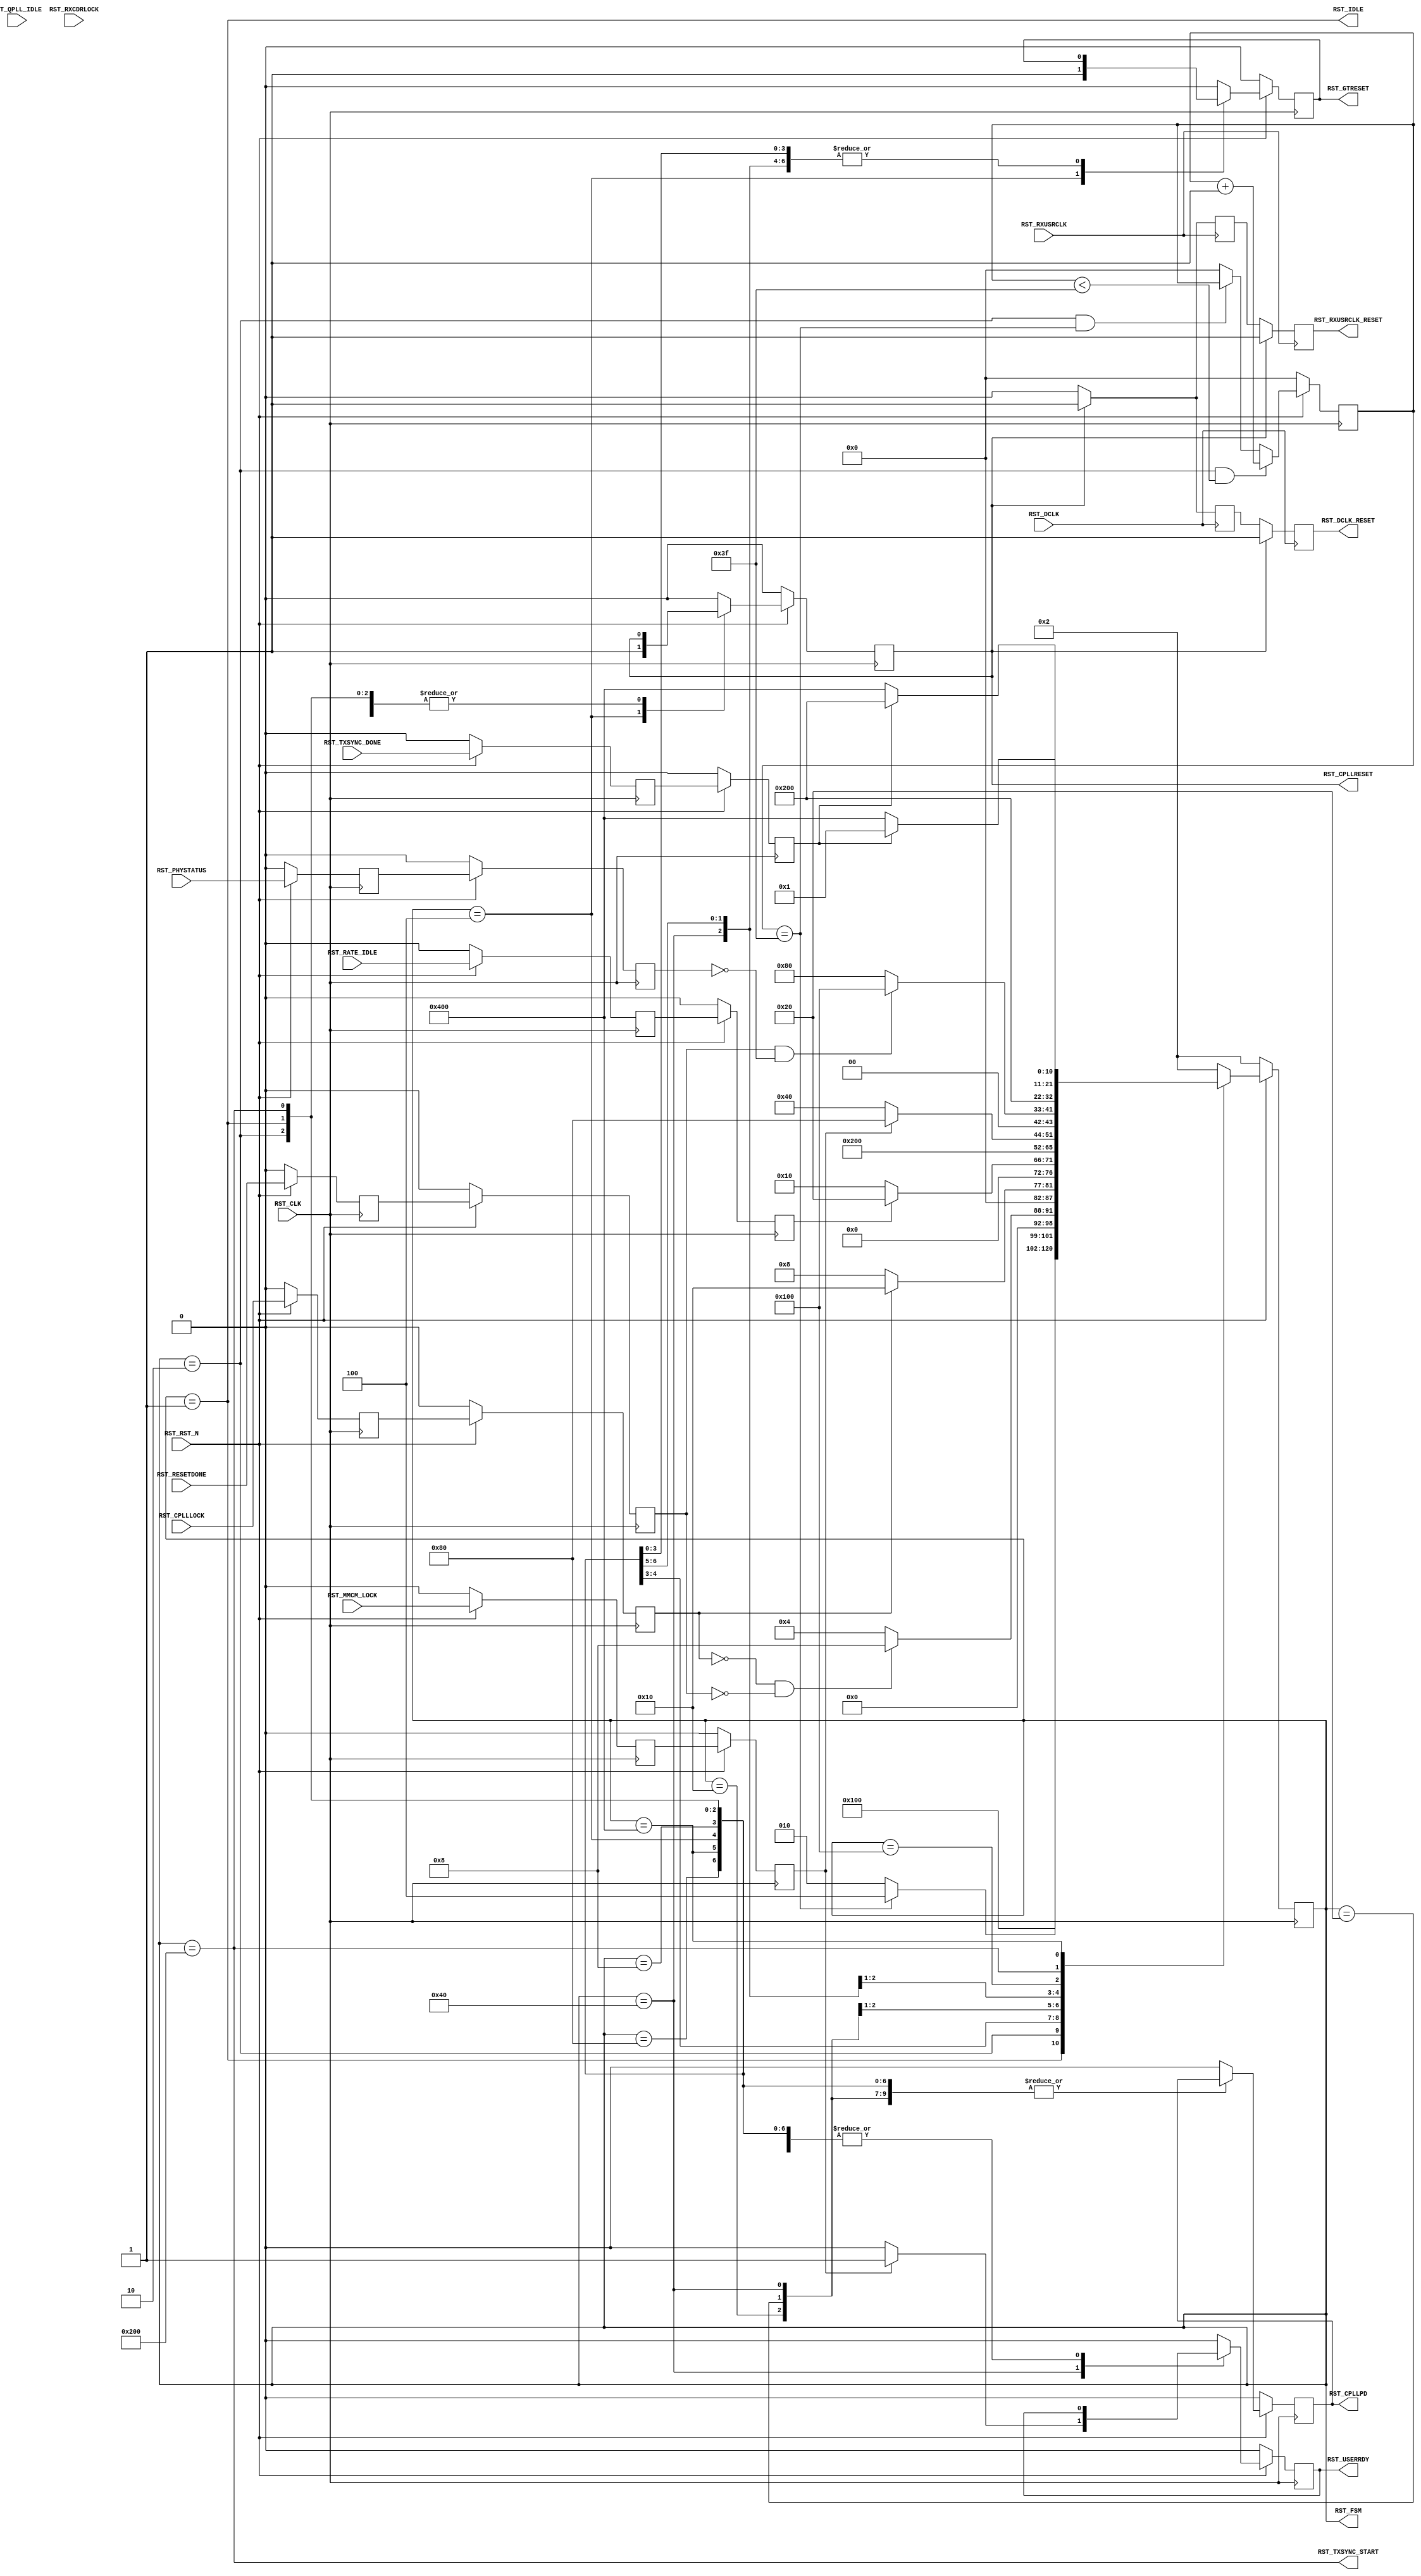
//-----------------------------------------------------------------------------
//
// (c) Copyright 2010-2011 Xilinx, Inc. All rights reserved.
//
// This file contains confidential and proprietary information
// of Xilinx, Inc. and is protected under U.S. and
// international copyright and other intellectual property
// laws.
//
// DISCLAIMER
// This disclaimer is not a license and does not grant any
// rights to the materials distributed herewith. Except as
// otherwise provided in a valid license issued to you by
// Xilinx, and to the maximum extent permitted by applicable
// law: (1) THESE MATERIALS ARE MADE AVAILABLE "AS IS" AND
// WITH ALL FAULTS, AND XILINX HEREBY DISCLAIMS ALL WARRANTIES
// AND CONDITIONS, EXPRESS, IMPLIED, OR STATUTORY, INCLUDING
// BUT NOT LIMITED TO WARRANTIES OF MERCHANTABILITY, NON-
// INFRINGEMENT, OR FITNESS FOR ANY PARTICULAR PURPOSE; and
// (2) Xilinx shall not be liable (whether in contract or tort,
// including negligence, or under any other theory of
// liability) for any loss or damage of any kind or nature
// related to, arising under or in connection with these
// materials, including for any direct, or any indirect,
// special, incidental, or consequential loss or damage
// (including loss of data, profits, goodwill, or any type of
// loss or damage suffered as a result of any action brought
// by a third party) even if such damage or loss was
// reasonably foreseeable or Xilinx had been advised of the
// possibility of the same.
//
// CRITICAL APPLICATIONS
// Xilinx products are not designed or intended to be fail-
// safe, or for use in any application requiring fail-safe
// performance, such as life-support or safety devices or
// systems, Class III medical devices, nuclear facilities,
// applications related to the deployment of airbags, or any
// other applications that could lead to death, personal
// injury, or severe property or environmental damage
// (individually and collectively, "Critical
// Applications"). Customer assumes the sole risk and
// liability of any use of Xilinx products in Critical
// Applications, subject only to applicable laws and
// regulations governing limitations on product liability.
//
// THIS COPYRIGHT NOTICE AND DISCLAIMER MUST BE RETAINED AS
// PART OF THIS FILE AT ALL TIMES.
//
//-----------------------------------------------------------------------------
// Project    : Series-7 Integrated Block for PCI Express
// Version    : 1.4
//------------------------------------------------------------------------------
//  Description  :  PIPE Reset Module for 7 Series Transceiver
//  Version      :  11.2
//------------------------------------------------------------------------------



`timescale 1ns / 1ps



//---------- PIPE Reset Module -------------------------------------------------
module axi_enhanced_pcie_v1_04_a_pcie_7x_v1_4_pipe_reset #
(

    //---------- Global ------------------------------------
    parameter PCIE_PLL_SEL      = "CPLL",                   // PCIe PLL select for Gen1/Gen2 only
    parameter PCIE_POWER_SAVING = "TRUE",                   // PCIe power saving
    parameter PCIE_TXBUF_EN     = "FALSE",                  // PCIe TX buffer enable
    parameter PCIE_LANE         = 1,                        // PCIe number of lanes
    //---------- Local -------------------------------------
    parameter CFG_WAIT_MAX      = 6'd63,                    // Configuration wait max
    parameter BYPASS_RXCDRLOCK  = 1                         // Bypass RXCDRLOCK

)

(

    //---------- Input -------------------------------------
    input                           RST_CLK,
    input                           RST_RXUSRCLK,
    input                           RST_DCLK,
    input                           RST_RST_N,
    input       [PCIE_LANE-1:0]     RST_CPLLLOCK,
    input                           RST_QPLL_IDLE,
    input       [PCIE_LANE-1:0]     RST_RATE_IDLE,
    input       [PCIE_LANE-1:0]     RST_RXCDRLOCK,
    input                           RST_MMCM_LOCK,
    input       [PCIE_LANE-1:0]     RST_RESETDONE,
    input       [PCIE_LANE-1:0]     RST_PHYSTATUS,
    input       [PCIE_LANE-1:0]     RST_TXSYNC_DONE,

    //---------- Output ------------------------------------
    output                          RST_CPLLRESET,
    output                          RST_CPLLPD,
    output                          RST_RXUSRCLK_RESET,
    output                          RST_DCLK_RESET,
    output                          RST_GTRESET,
    output                          RST_USERRDY,
    output                          RST_TXSYNC_START,
    output                          RST_IDLE,
    output      [10:0]              RST_FSM

);

    //---------- Input Register ----------------------------
    reg         [PCIE_LANE-1:0]     cplllock_reg1;
    reg                             qpll_idle_reg1;
    reg         [PCIE_LANE-1:0]     rate_idle_reg1;
    reg         [PCIE_LANE-1:0]     rxcdrlock_reg1;
    reg                             mmcm_lock_reg1;
    reg         [PCIE_LANE-1:0]     resetdone_reg1;
    reg         [PCIE_LANE-1:0]     phystatus_reg1;
    reg         [PCIE_LANE-1:0]     txsync_done_reg1;

    reg         [PCIE_LANE-1:0]     cplllock_reg2;
    reg                             qpll_idle_reg2;
    reg         [PCIE_LANE-1:0]     rate_idle_reg2;
    reg         [PCIE_LANE-1:0]     rxcdrlock_reg2;
    reg                             mmcm_lock_reg2;
    reg         [PCIE_LANE-1:0]     resetdone_reg2;
    reg         [PCIE_LANE-1:0]     phystatus_reg2;
    reg         [PCIE_LANE-1:0]     txsync_done_reg2;

    //---------- Internal Signal ---------------------------
    reg         [ 5:0]              cfg_wait_cnt      =  6'd0;

    //---------- Output Register ---------------------------
    reg                             cpllreset         =  1'd0;
    reg                             cpllpd            =  1'd0;
    reg                             rxusrclk_rst_reg1 =  1'd0;
    reg                             rxusrclk_rst_reg2 =  1'd0;
    reg                             dclk_rst_reg1     =  1'd0;
    reg                             dclk_rst_reg2     =  1'd0;
    reg                             gtreset           =  1'd0;
    reg                             userrdy           =  1'd0;
    reg         [10:0]              fsm               = 11'd2;

    //---------- FSM ---------------------------------------
    localparam                      FSM_IDLE          = 11'b00000000001;
    localparam                      FSM_CFG_WAIT      = 11'b00000000010;
    localparam                      FSM_CPLLRESET     = 11'b00000000100;
    localparam                      FSM_CPLLLOCK      = 11'b00000001000;
    localparam                      FSM_DRP           = 11'b00000010000;
    localparam                      FSM_GTRESET       = 11'b00000100000;
    localparam                      FSM_MMCM_LOCK     = 11'b00001000000;
    localparam                      FSM_RESETDONE     = 11'b00010000000;
    localparam                      FSM_CPLL_PD       = 11'b00100000000;
    localparam                      FSM_TXSYNC_START  = 11'b01000000000;
    localparam                      FSM_TXSYNC_DONE   = 11'b10000000000;



//---------- Input FF ----------------------------------------------------------
always @ (posedge RST_CLK)
begin

    if (!RST_RST_N)
        begin
        //---------- 1st Stage FF --------------------------
        cplllock_reg1    <= {PCIE_LANE{1'd0}};
        qpll_idle_reg1   <= 1'd0;
        rate_idle_reg1   <= {PCIE_LANE{1'd0}};
        rxcdrlock_reg1   <= {PCIE_LANE{1'd0}};
        mmcm_lock_reg1   <= 1'd0;
        resetdone_reg1   <= {PCIE_LANE{1'd0}};
        phystatus_reg1   <= {PCIE_LANE{1'd0}};
        txsync_done_reg1 <= {PCIE_LANE{1'd0}};
        //---------- 2nd Stage FF --------------------------
        cplllock_reg2    <= {PCIE_LANE{1'd0}};
        qpll_idle_reg2   <= 1'd0;
        rate_idle_reg2   <= {PCIE_LANE{1'd0}};
        rxcdrlock_reg2   <= {PCIE_LANE{1'd0}};
        mmcm_lock_reg2   <= 1'd0;
        resetdone_reg2   <= {PCIE_LANE{1'd0}};
        phystatus_reg2   <= {PCIE_LANE{1'd0}};
        txsync_done_reg2 <= {PCIE_LANE{1'd0}};
        end
    else
        begin
        //---------- 1st Stage FF --------------------------
        cplllock_reg1    <= RST_CPLLLOCK;
        qpll_idle_reg1   <= RST_QPLL_IDLE;
        rate_idle_reg1   <= RST_RATE_IDLE;
        rxcdrlock_reg1   <= RST_RXCDRLOCK;
        mmcm_lock_reg1   <= RST_MMCM_LOCK;
        resetdone_reg1   <= RST_RESETDONE;
        phystatus_reg1   <= RST_PHYSTATUS;
        txsync_done_reg1 <= RST_TXSYNC_DONE;
        //---------- 2nd Stage FF --------------------------
        cplllock_reg2    <= cplllock_reg1;
        qpll_idle_reg2   <= qpll_idle_reg1;
        rate_idle_reg2   <= rate_idle_reg1;
        rxcdrlock_reg2   <= rxcdrlock_reg1;
        mmcm_lock_reg2   <= mmcm_lock_reg1;
        resetdone_reg2   <= resetdone_reg1;
        phystatus_reg2   <= phystatus_reg1;
        txsync_done_reg2 <= txsync_done_reg1;
        end

end



//---------- Configuration Reset Wait Counter ----------------------------------
always @ (posedge RST_CLK)
begin

    if (!RST_RST_N)
        cfg_wait_cnt <= 6'd0;
    else

        //---------- Increment Configuration Reset Wait Counter
        if ((fsm == FSM_CFG_WAIT) && (cfg_wait_cnt < CFG_WAIT_MAX))
            cfg_wait_cnt <= cfg_wait_cnt + 6'd1;

        //---------- Hold Configuration Reset Wait Counter -
        else if ((fsm == FSM_CFG_WAIT) && (cfg_wait_cnt == CFG_WAIT_MAX))
            cfg_wait_cnt <= cfg_wait_cnt;

        //---------- Reset Configuration Reset Wait Counter
        else
            cfg_wait_cnt <= 6'd0;

end



//---------- PIPE Reset FSM ----------------------------------------------------
always @ (posedge RST_CLK)
begin

    if (!RST_RST_N)
        begin
        fsm       <= FSM_CFG_WAIT;
        cpllreset <= 1'd0;
        cpllpd    <= 1'd0;
        gtreset   <= 1'd0;
        userrdy   <= 1'd0;
        end
    else
        begin

        case (fsm)

        //---------- Idle State ----------------------------
        FSM_IDLE :

            begin
            if (!RST_RST_N)
                begin
                fsm       <= FSM_CFG_WAIT;
                cpllreset <= 1'd0;
                cpllpd    <= 1'd0;
                gtreset   <= 1'd0;
                userrdy   <= 1'd0;
                end
            else
                begin
                fsm       <= FSM_IDLE;
                cpllreset <= cpllreset;
                cpllpd    <= cpllpd;
                gtreset   <= gtreset;
                userrdy   <= userrdy;
                end
            end

        //----------  Wait for Configuration Reset Delay ---
        FSM_CFG_WAIT :

            begin
            fsm       <= ((cfg_wait_cnt == CFG_WAIT_MAX) ? FSM_CPLLRESET : FSM_CFG_WAIT);
            cpllreset <= cpllreset;
            cpllpd    <= cpllpd;
            gtreset   <= gtreset;
            userrdy   <= userrdy;
            end

        //---------- Hold CPLL and GTX Channel in Reset ----
        FSM_CPLLRESET :

            begin
            fsm       <= ((&(~cplllock_reg2) && (&(~resetdone_reg2))) ? FSM_CPLLLOCK : FSM_CPLLRESET);
            cpllreset <= 1'd1;
            cpllpd    <= cpllpd;
            gtreset   <= 1'd1;
            userrdy   <= userrdy;
            end

        //---------- Wait for CPLL Lock --------------------
        FSM_CPLLLOCK :

            begin
            fsm       <= (&cplllock_reg2 ? FSM_DRP : FSM_CPLLLOCK);
            cpllreset <= 1'd0;
            cpllpd    <= cpllpd;
            gtreset   <= gtreset;
            userrdy   <= userrdy;
            end

        //---------- Wait for DRP Done to Setup Gen1 -------
        FSM_DRP :

            begin
            fsm       <= (&rate_idle_reg2 ? FSM_GTRESET : FSM_DRP);
            cpllreset <= cpllreset;
            cpllpd    <= cpllpd;
            gtreset   <= gtreset;
            userrdy   <= userrdy;
            end

        //---------- Release GTX Channel Reset -------------
        FSM_GTRESET :

            begin
            fsm       <= FSM_MMCM_LOCK;
            cpllreset <= cpllreset;
            cpllpd    <= cpllpd;
            gtreset   <= 1'b0;
            userrdy   <= userrdy;
            end

        //---------- Wait for MMCM and RX CDR Lock ---------
        FSM_MMCM_LOCK :

            begin
            if (mmcm_lock_reg2 && (&rxcdrlock_reg2 || (BYPASS_RXCDRLOCK == 1)) && (qpll_idle_reg2 || (PCIE_PLL_SEL == "CPLL")))
                begin
                fsm       <= FSM_RESETDONE;
                cpllreset <= cpllreset;
                cpllpd    <= cpllpd;
                gtreset   <= gtreset;
                userrdy   <= 1'd1;
                end
            else
                begin
                fsm       <= FSM_MMCM_LOCK;
                cpllreset <= cpllreset;
                cpllpd    <= cpllpd;
                gtreset   <= gtreset;
                userrdy   <= 1'd0;
                end
            end

        //---------- Wait for [TX/RX]RESETDONE and PHYSTATUS
        FSM_RESETDONE :

            begin
            fsm       <= (&resetdone_reg2 && (&(~phystatus_reg2)) ? FSM_CPLL_PD : FSM_RESETDONE);
            cpllreset <= cpllreset;
            cpllpd    <= cpllpd;
            gtreset   <= gtreset;
            userrdy   <= userrdy;
            end

        //---------- Power-Down CPLL if QPLL is Used for Gen1/Gen2
        FSM_CPLL_PD :

            begin
            fsm       <= ((PCIE_TXBUF_EN == "TRUE") ? FSM_IDLE : FSM_TXSYNC_START);
            cpllreset <= cpllreset;
            cpllpd    <= (PCIE_PLL_SEL == "QPLL");
            gtreset   <= gtreset;
            userrdy   <= userrdy;
            end

        //---------- Start TX Sync -------------------------
        FSM_TXSYNC_START :

            begin
            fsm       <= (&(~txsync_done_reg2) ? FSM_TXSYNC_DONE : FSM_TXSYNC_START);
            cpllreset <= cpllreset;
            cpllpd    <= cpllpd;
            gtreset   <= gtreset;
            userrdy   <= userrdy;
            end

        //---------- Wait for TX Sync Done -----------------
        FSM_TXSYNC_DONE :

            begin
            fsm       <= (&txsync_done_reg2 ? FSM_IDLE : FSM_TXSYNC_DONE);
            cpllreset <= cpllreset;
            cpllpd    <= cpllpd;
            gtreset   <= gtreset;
            userrdy   <= userrdy;
            end

        //---------- Default State -------------------------
        default :

            begin
            fsm       <= FSM_CFG_WAIT;
            cpllreset <= 1'd0;
            cpllpd    <= 1'd0;
            gtreset   <= 1'd0;
            userrdy   <= 1'd0;
            end

        endcase

        end

end



//---------- RXUSRCLK Reset Synchronizer ---------------------------------------
always @ (posedge RST_RXUSRCLK)
begin

    if (cpllreset)
        begin
        rxusrclk_rst_reg1 <= 1'd1;
        rxusrclk_rst_reg2 <= 1'd1;
        end
    else
        begin
        rxusrclk_rst_reg1 <= 1'd0;
        rxusrclk_rst_reg2 <= rxusrclk_rst_reg1;
        end

end



//---------- DCLK Reset Synchronizer -------------------------------------------
always @ (posedge RST_DCLK)
begin

    if (cpllreset)
        begin
        dclk_rst_reg1 <= 1'd1;
        dclk_rst_reg2 <= 1'd1;
        end
    else
        begin
        dclk_rst_reg1 <= 1'd0;
        dclk_rst_reg2 <= dclk_rst_reg1;
        end

end



//---------- PIPE Reset Output -------------------------------------------------
assign RST_CPLLRESET      = cpllreset;
assign RST_CPLLPD         = ((PCIE_POWER_SAVING == "FALSE") ? 1'd0 : cpllpd);
assign RST_RXUSRCLK_RESET = rxusrclk_rst_reg2;
assign RST_DCLK_RESET     = dclk_rst_reg2;
assign RST_GTRESET        = gtreset;
assign RST_USERRDY        = userrdy;
assign RST_TXSYNC_START   = (fsm == FSM_TXSYNC_START);
assign RST_IDLE           = (fsm == FSM_IDLE);
assign RST_FSM            = fsm;



endmodule